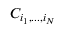
C _ { i _ { 1 } , . . . , i _ { N } }